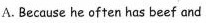
A.Because he often has beef and